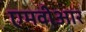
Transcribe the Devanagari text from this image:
एमवीआर